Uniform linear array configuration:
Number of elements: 48
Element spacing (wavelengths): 1
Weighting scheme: hann
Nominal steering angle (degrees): -60
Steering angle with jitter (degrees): -61.367
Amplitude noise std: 0.05
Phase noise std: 0.05

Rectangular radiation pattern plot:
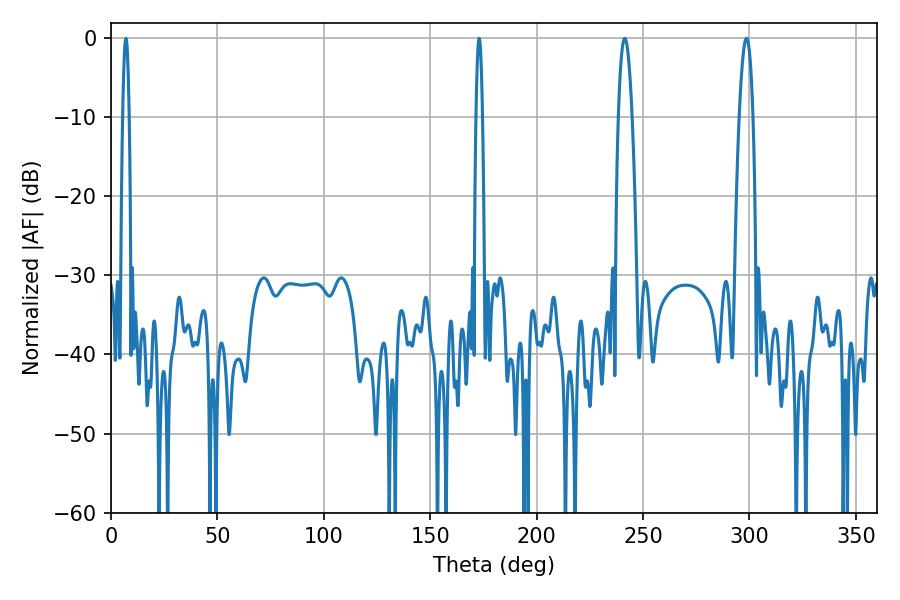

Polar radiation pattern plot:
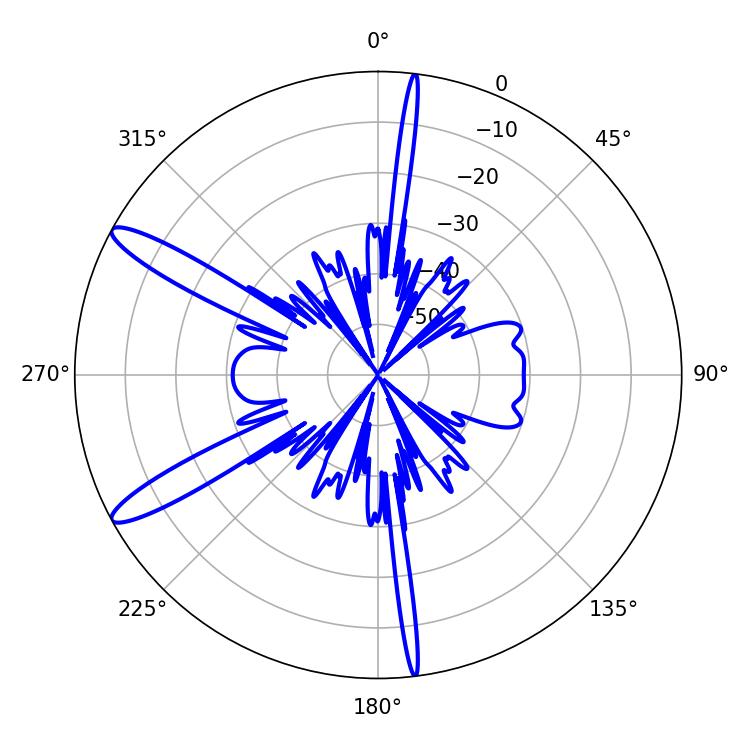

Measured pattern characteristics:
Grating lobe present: TRUE
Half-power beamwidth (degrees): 3.42
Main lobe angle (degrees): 298.62